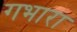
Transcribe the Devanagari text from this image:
गभारा